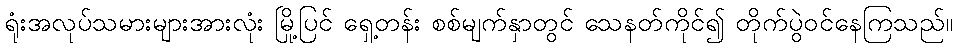
ရုံးအလုပ်သမားများအားလုံး မြို့ပြင် ရှေ့တန်း စစ်မျက်နှာတွင် သေနတ်ကိုင်၍ တိုက်ပွဲဝင်နေကြသည်။